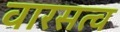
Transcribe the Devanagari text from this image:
वारसत्व